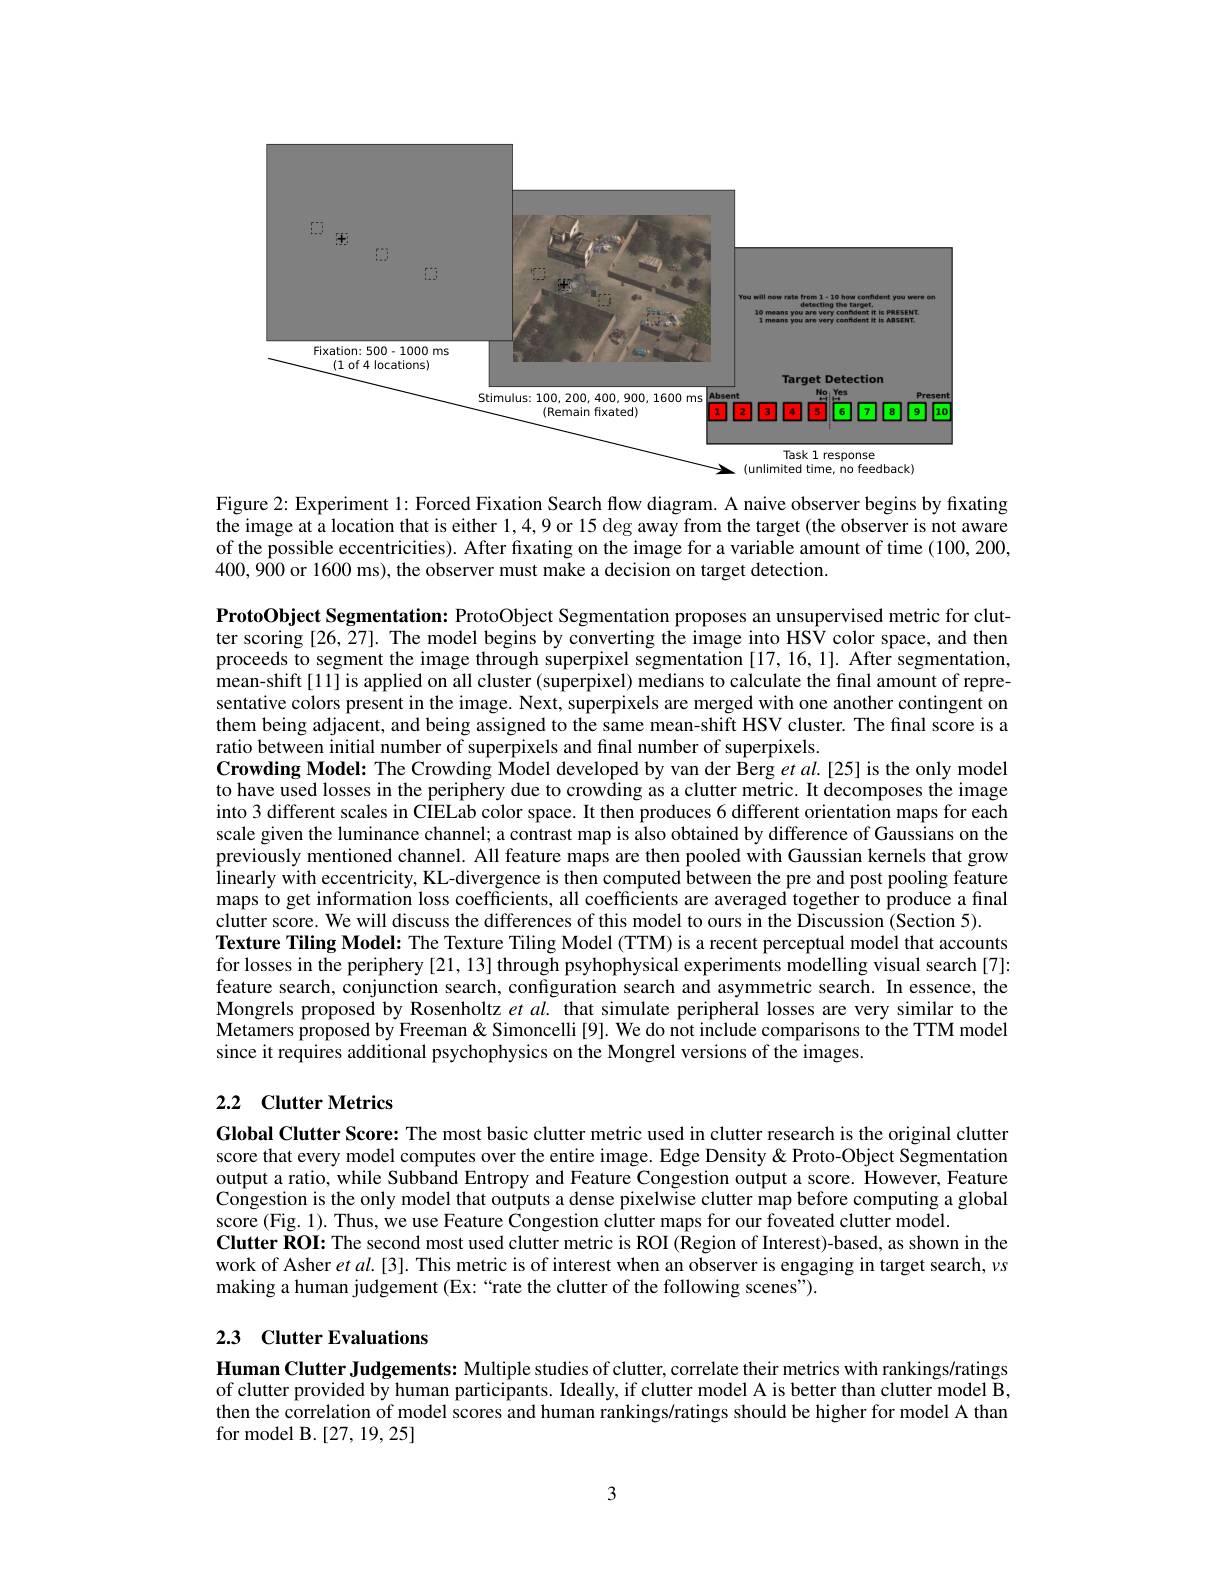
<FigureHere>
$\Delta$ (unlimited time, no feedback)

Figure 2: Experiment 1: Forced Fixation Search flow diagram. A naive observer begins by fixating the image at a location that is either 1,4,9 or 15 deg away from the target (the observer is not aware of the possible eccentricities). After fixating on the image for a variable amount of time (100,200, 400,900 or 1600 ms), the observer must make a decision on target detection.

ProtoObject Segmentation: ProtoObject Segmentation proposes an unsupervised metric for clutter scoring [26,27]. The model begins by converting the image into HSV color space, and then proceeds to segment the image through superpixel segmentation [17,16,1]. After segmentation, mean-shift[11] is applied on all cluster (superpixel) medians to calculate the final amount of representative colors present in the image. Next, superpixels are merged with one another contingent on them being adjacent, and being assigned to the same mean-shift HSV cluster. The final score is a ratio between initial number of superpixels and final number of superpixels.
Crowding Model: The Crowding Model developed by van der Berg $et\textit{al. [ 25] is the only model}$ to have used losses in the periphery due to crowding as a clutter metric. It decomposes the image into 3 different scales in CIELab color space. It then produces 6 different orientation maps for each scale given the luminance channel; a contrast map is also obtained by difference of Gaussians on the previously mentioned channel. All feature maps are then pooled with Gaussian kernels that grow linearly with eccentricity, KL-divergence is then computed between the pre and post pooling feature maps to get information loss coefficients, all coefficients are averaged together to produce a final clutter score. We will discuss the differences of this model to ours in the Discussion (Section 5).
Texture Tiling Model: The Texture Tiling Model (TTM) is a recent perceptual model that accounts for losses in the periphery [21, 13] through psyhophysical experiments modelling visual search [7]: feature search, conjunction search, configuration search and asymmetric search. In essence, the Mongrels proposed by Rosenholtz $etal.$ that simulate peripheral losses are very similar to the Metamers proposed by Freeman & Simoncelli [9]. We do not include comparisons to the TTM model since it requires additional psychophysics on the Mongrel versions of the images.

## 2.2 Clutter Metrics

Global Clutter Score: The most basic clutter metric used in clutter research is the original clutter score that every model computes over the entire image. Edge Density & Proto-Object Segmentation output a ratio, while Subband Entropy and Feature Congestion output a score. However, Feature Congestion is the only model that outputs a dense pixelwise clutter map before computing a global score (Fig. 1). Thus, we use Feature Congestion clutter maps for our foveated clutter model.
Clutter ROI: The second most used clutter metric is ROI (Region of Interest)-based, as shown in the work of Asher $etal.[3].$ This metric is of interest when an observer is engaging in target search, $\nu s$ making a human judgement (Ex: “rate the clutter of the following scenes").

## 2.3 Clutter Evaluations

Human Clutter Judgements: Multiple studies of clutter, correlate their metrics with rankings/ratings of clutter provided by human participants. Ideally, if clutter model A is better than clutter model B, then the correlation of model scores and human rankings/ratings should be higher for model A than for model B.[27,19,25]

3